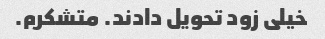
خیلی زود تحویل دادند. متشکرم.